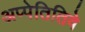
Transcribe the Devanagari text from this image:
अप्पेतितिवे